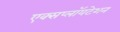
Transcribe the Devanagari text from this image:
एक्सप्लॉयटेशन